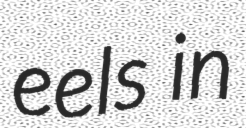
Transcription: eels in